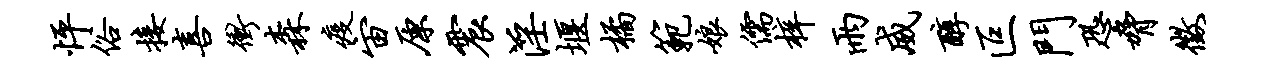
怦俗接喜冲森疫宙原震淫堰橘范娘儒梓雨威醇叵门恐胁征